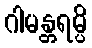
ဂါမန္တရမ္ပိ